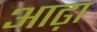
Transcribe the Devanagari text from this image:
आढ़ा